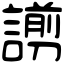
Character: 謭